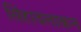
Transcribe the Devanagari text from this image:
सिंहावलाकन